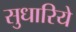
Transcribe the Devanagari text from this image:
सुधारिये